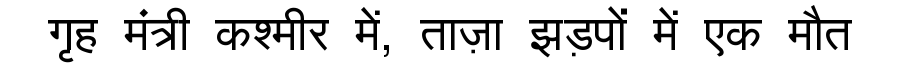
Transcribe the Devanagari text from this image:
गृह मंत्री कश्मीर में, ताज़ा झड़पों में एक मौत